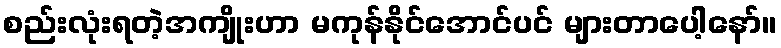
စည်းလုံးရတဲ့အကျိုးဟာ မကုန်နိုင်အောင်ပင် များတာပေါ့နော်။